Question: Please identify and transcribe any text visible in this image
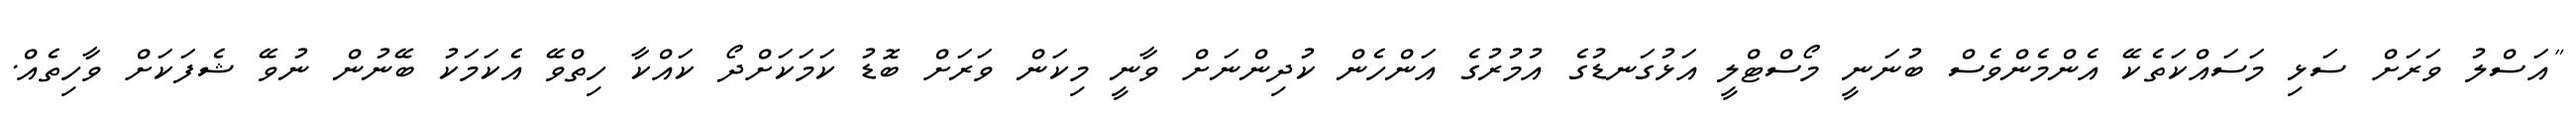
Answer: "އަސްލު ވަރަށް ސަޅި މަސައްކަތެކޭ އެންމެންވެސް ބުނަނީ މޯސްޓްލީ އަޅުގަނޑުގެ އުމުރުގެ އަންހެން ކުދިންނަށް ވާނީ މިކަން ވަރަށް ބޮޑު ކަމަކަށްދޯ ކައްކާ ހިތްވޭ އެކަމަކު ބޭނުން ނުވޭ ޝެފަކަށް ވާހިތެއް.